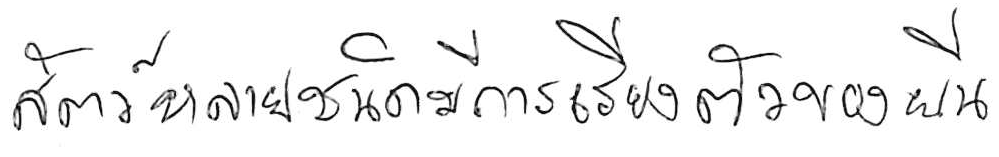
สัตว์หลายชนิดมีการเรียงตัวของยีน